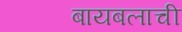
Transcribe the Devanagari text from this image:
बायबलाची